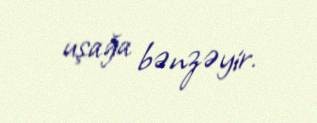
uşağa bənzəyir.